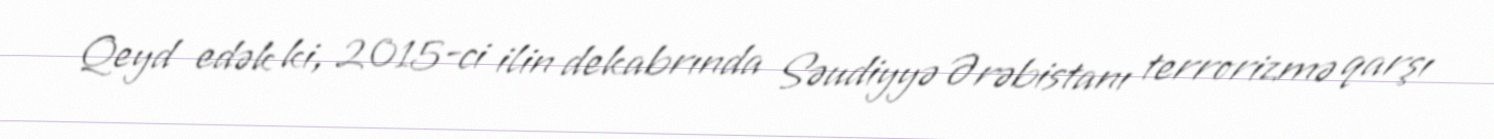
Qeyd edək ki, 2015-ci ilin dekabrında Səudiyyə Ərəbistanı terrorizmə qarşı